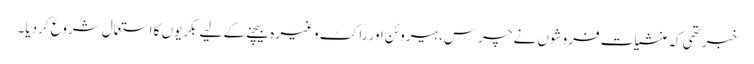
خبر تھی کہ منشیات فروشوں نے چرس، ہیروئن اور راکٹ وغیرہ بیچنے کے لیے بکریوں کا استعمال شروع کردیا۔